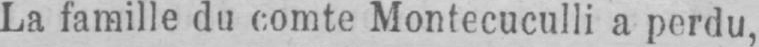
La famille du comte Montecuculli a perdu,